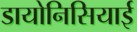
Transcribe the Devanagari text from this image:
डायोनिसियाई